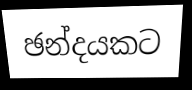
ඡන්දයකට